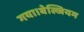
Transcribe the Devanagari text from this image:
गया।बेल्जियम